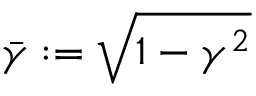
\bar { \gamma } : = \sqrt { 1 - \gamma ^ { 2 } }